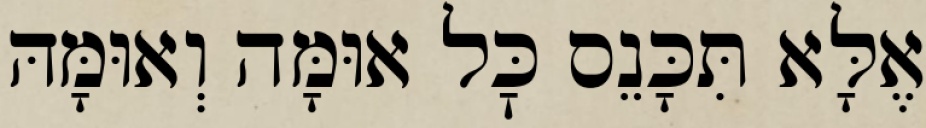
אֶלָּא תִּכָּנֵס כׇּל אוּמָּה וְאוּמָּהּ